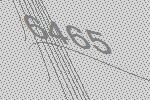
6465